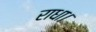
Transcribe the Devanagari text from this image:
राधा।